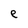
Character: e